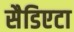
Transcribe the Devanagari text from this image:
सैडिएटा